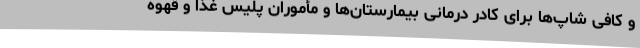
و کافی شاپ‌ها برای کادر درمانی بیمارستان‌ها و مأموران پلیس غذا و قهوه